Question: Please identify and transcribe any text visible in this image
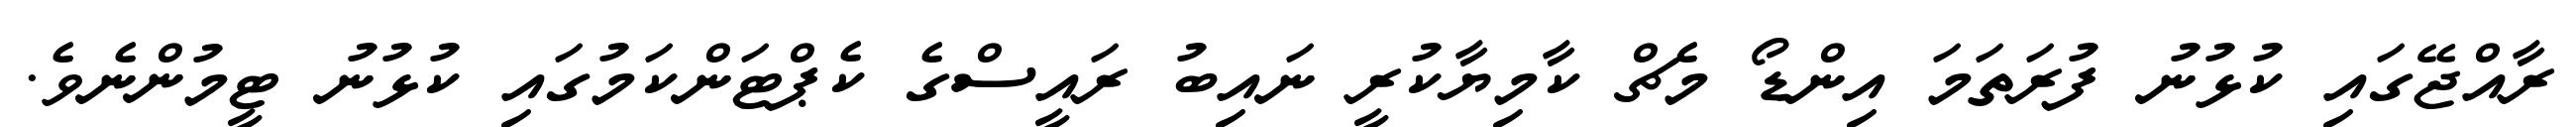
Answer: ރާއްޖޭގައި ކުޅުނު ފުރަތަމަ އިންޑޯ މެޗް ކާމިޔާކުރީ ނައިބު ރައީސްގެ ކެޕްޓަންކަމުގައި ކުޅުނު ޓީމުންނެވެ.